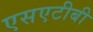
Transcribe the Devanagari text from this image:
एसएटीबी